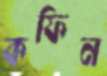
কফিন